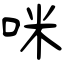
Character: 咪